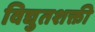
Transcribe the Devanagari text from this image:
विद्युतशक्ती